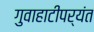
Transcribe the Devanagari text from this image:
गुवाहाटीपर्यंत